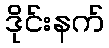
ဒိုင်းနက်